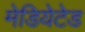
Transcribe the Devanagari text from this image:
मेडियेटेड